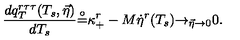
{ \frac { d q _ { T } ^ { r \tau \tau } ( T _ { s } , \vec { \eta } ) } { d T _ { s } } } { \frac { \buildrel \circ } { = } } \kappa _ { + } ^ { r } - M { \dot { \eta } } ^ { r } ( T _ { s } ) { \rightarrow } _ { \vec { \eta } \rightarrow 0 } 0 .